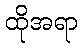
ထိုအရာ